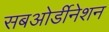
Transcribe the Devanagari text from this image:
सबओर्डीनेशन